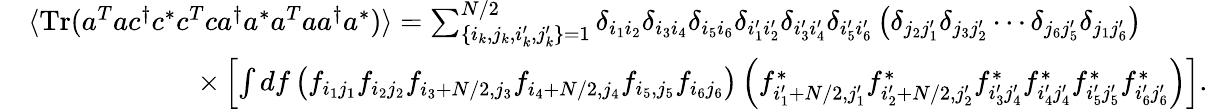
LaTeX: \begin{array}{rl}&{\langle\mathrm{Tr}(a^{T}ac^{\dagger}c^{*}c^{T}ca^{\dagger}a^{*}a^{T}aa^{\dagger}a^{*})\rangle=\sum_{\lbrace i_{k},j_{k},i_{k}^{\prime},j_{k}^{\prime}\rbrace=1}^{N/2}\delta_{i_{1}i_{2}}\delta_{i_{3}i_{4}}\delta_{i_{5}i_{6}}\delta_{i_{1}^{\prime}i_{2}^{\prime}}\delta_{i_{3}^{\prime}i_{4}^{\prime}}\delta_{i_{5}^{\prime}i_{6}^{\prime}}\left(\delta_{j_{2}j_{1}^{\prime}}\delta_{j_{3}j_{2}^{\prime}}\cdots\delta_{j_{6}j_{5}^{\prime}}\delta_{j_{1}j_{6}^{\prime}}\right)}\\ &{\qquad\qquad\qquad\times\left[\int df\left(f_{i_{1}j_{1}}f_{i_{2}j_{2}}f_{i_{3}+N/2,j_{3}}f_{i_{4}+N/2,j_{4}}f_{i_{5},j_{5}}f_{i_{6}j_{6}}\right)\left(f_{i_{1}^{\prime}+N/2,j_{1}^{\prime}}^{*}f_{i_{2}^{\prime}+N/2,j_{2}^{\prime}}^{*}f_{i_{3}^{\prime}j_{4}^{\prime}}^{*}f_{i_{4}^{\prime}j_{4}^{\prime}}^{*}f_{i_{5}^{\prime}j_{5}^{\prime}}^{*}f_{i_{6}^{\prime}j_{6}^{\prime}}^{*}\right)\right].}\end{array}